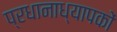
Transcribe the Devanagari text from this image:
प्रधानाध्यापकों